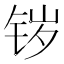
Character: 𰽷